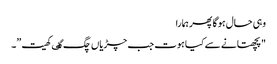
وہی حال ہوگا پھر ہمارا
"پچھتانے سے کیا ہوت جب چڑیاں چگ گٸ کھیت”۔